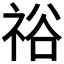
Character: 𥙿